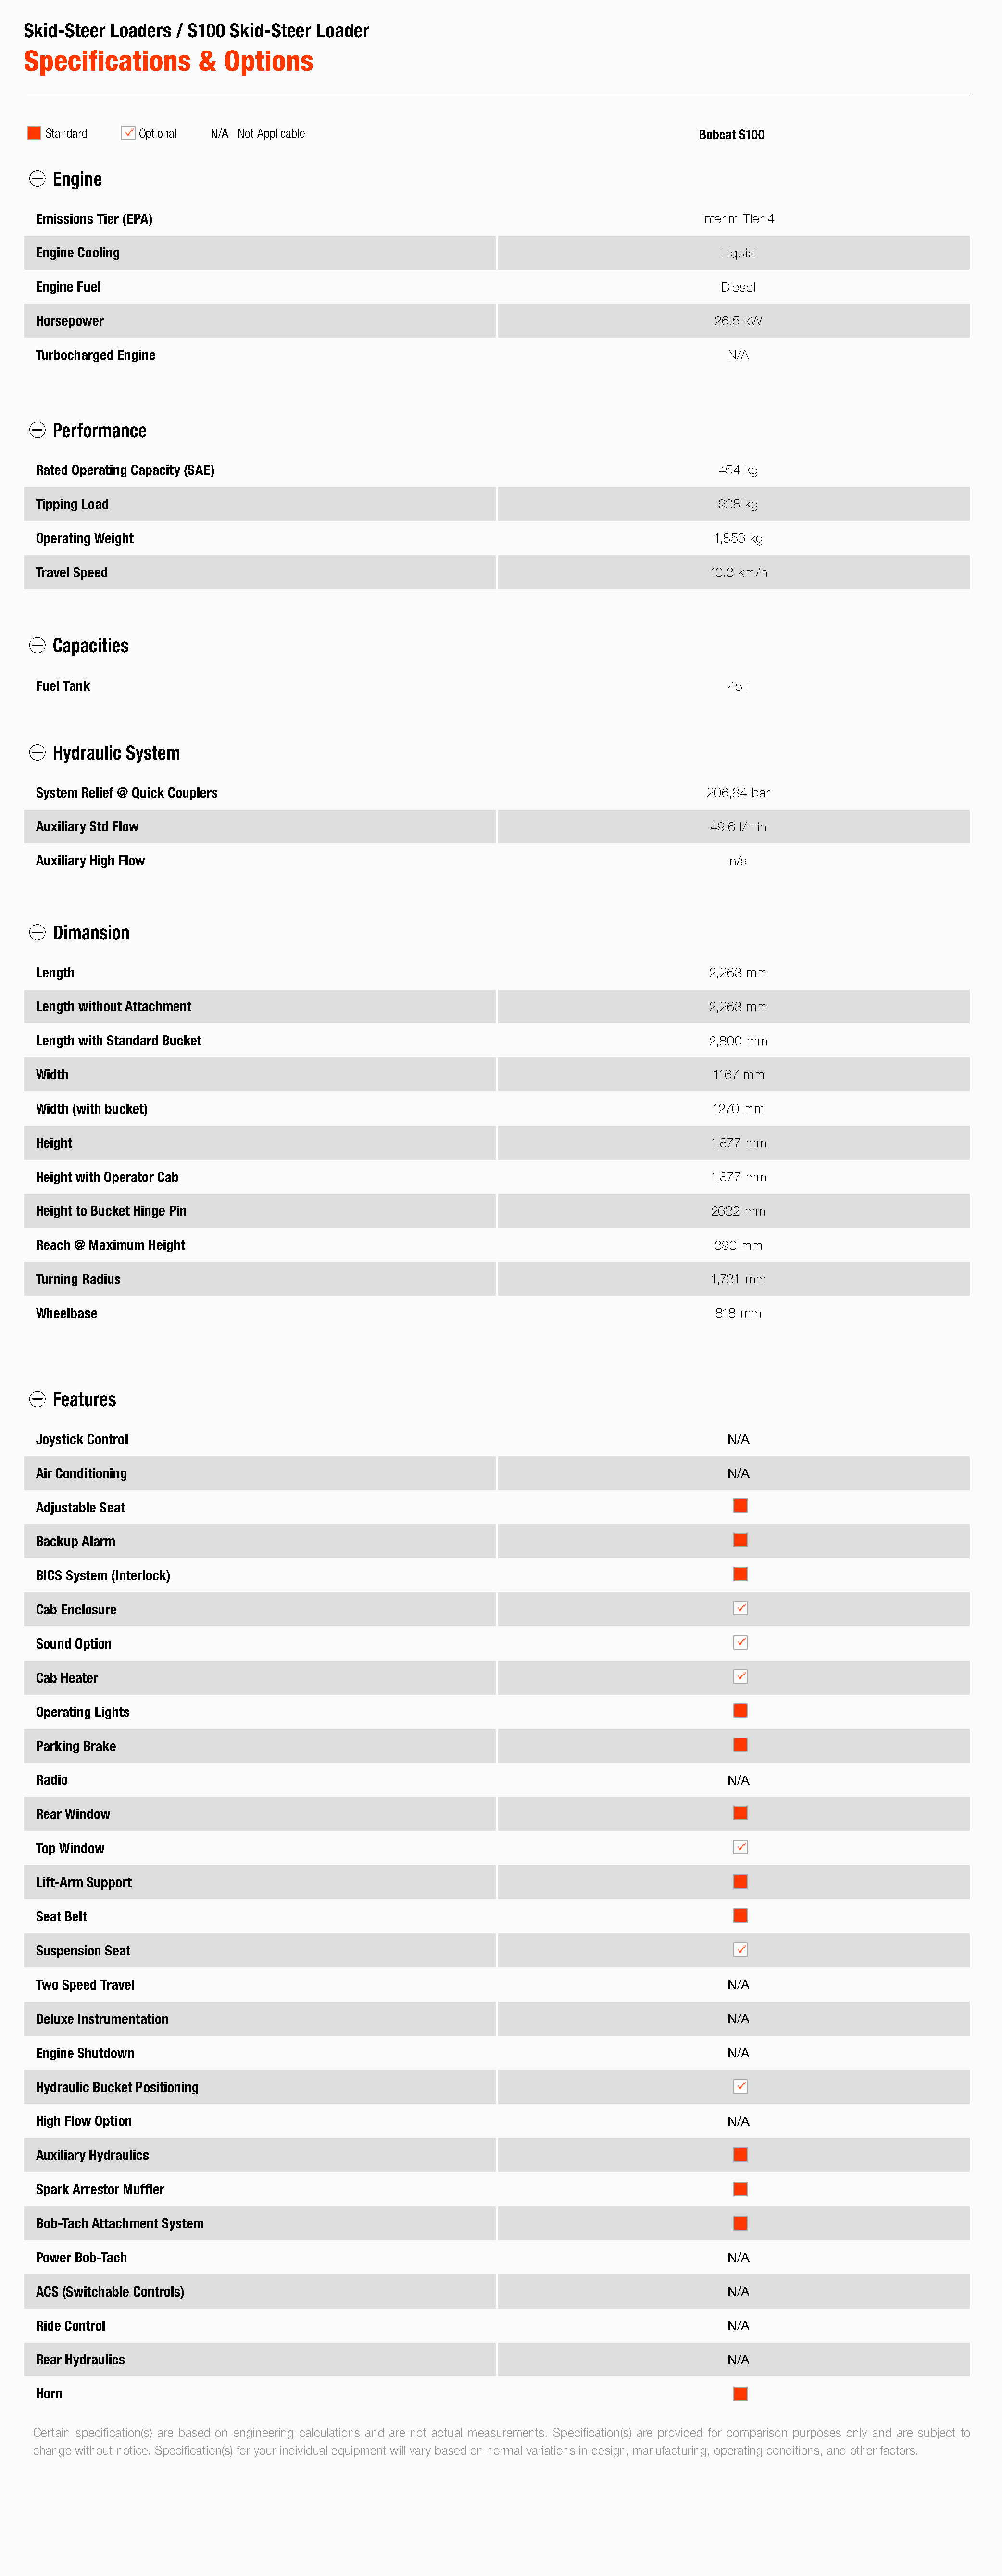
Skid-Steer  Loaders  / S100  Skid-Steer  Loader
 Specifications          &   Options
 Standard     Optional  N/A Not Applicable                                                 Bobcat S100
 Engine
 Emissions Tier (EPA)                                                                        Interim Tier 4
 Engine Cooling                                                                                Liquid
 Engine Fuel                                                                                   Diesel
 Horsepower                                                                                   26.5 kW
 Turbocharged Engine                                                                            N/A
 Performance
 Rated Operating Capacity (SAE)                                                                454 kg
 Tipping Load                                                                                  908 kg
 Operating Weight                                                                             1,856 kg
 Travel Speed                                                                                 10.3 km/h
 Capacities
 Fuel Tank                                                                                      45 l
 Hydraulic System
 System Relief @ Quick Couplers                                                              206,84 bar
 Auxiliary Std Flow                                                                           49.6 l/min
 Auxiliary High Flow                                                                            n/a
 Dimansion
 Length                                                                                       2,263 mm
 Length without Attachment                                                                    2,263 mm
 Length with Standard Bucket                                                                  2,800 mm
 Width                                                                                        1167 mm
 Width (with bucket)                                                                          1270 mm
 Height                                                                                       1,877 mm
 Height with Operator Cab                                                                     1,877 mm
 Height to Bucket Hinge Pin                                                                   2632 mm
 Reach @ Maximum Height                                                                       390 mm
 Turning Radius                                                                               1,731 mm
 Wheelbase                                                                                    818 mm
 Features
 Joystick Control                                                                               N/A
 Air Conditioning                                                                               N/A
 Adjustable Seat
 Backup Alarm
 BICS System (Interlock)
 Cab Enclosure
 Sound Option
 Cab Heater
 Operating Lights
 Parking Brake
 Radio                                                                                          N/A
 Rear Window
 Top Window
 Lift-Arm Support
 Seat Belt
 Suspension Seat
 Two Speed Travel                                                                               N/A
 Deluxe Instrumentation                                                                         N/A
 Engine Shutdown                                                                                N/A
 Hydraulic Bucket Positioning
 High Flow Option                                                                               N/A
 Auxiliary Hydraulics
 Spark Arrestor Muffler
 Bob-Tach Attachment System
 Power Bob-Tach                                                                                 N/A
 ACS (Switchable Controls)                                                                      N/A
 Ride Control                                                                                   N/A
 Rear Hydraulics                                                                                N/A
 Horn
 Certain specification(s) are based on engineering calculations and are not actual measurements. Specification(s) are provided for comparison purposes only and are subject to
 change without notice. Specification(s) for your individual equipment will vary based on normal variations in design, manufacturing, operating conditions, and other factors.